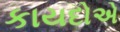
કાયદોએ